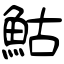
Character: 鮕